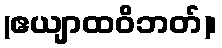
(ဧယျာထဝိဘတ်)၊